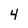
Character: 4